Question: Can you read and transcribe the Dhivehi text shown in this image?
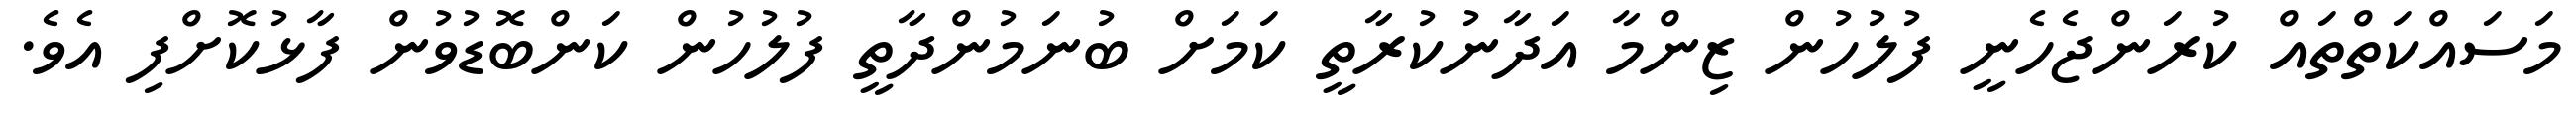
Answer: މަސައްކަތްތައް ކުރަންޖެހެނީ ފުލުހުން ޒިންމާ އަދާނުކުރާތީ ކަމަށް ބުނަމުންދާތީ ފުލުހުން ކަންބޮޑުވުން ފާޅުކޮށްފި އެވެ.